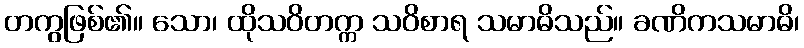
တကွဖြစ်၏။ သော၊ ထိုသဝိတက္က သဝိစာရ သမာဓိသည်။ ခဏိကသမာဓိ၊